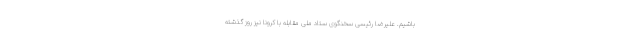
باشیم. علیرضا رئیسی سخنگوی ستاد ملی مقابله با کرونا نیز روز گذشته